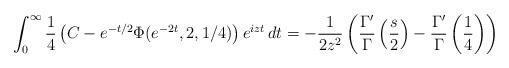
LaTeX: \begin{align*} \int_{0}^{\infty} \frac{1}{4}\left( C - e^{-t/2}\Phi(e^{-2t},2,1/4) \right) e^{izt} \, dt =- \frac{1}{2z^2} \left(\frac{\Gamma'}{\Gamma}\left(\frac{s}{2}\right)-\frac{\Gamma'}{\Gamma}\left(\frac{1}{4}\right)\right)\end{align*}